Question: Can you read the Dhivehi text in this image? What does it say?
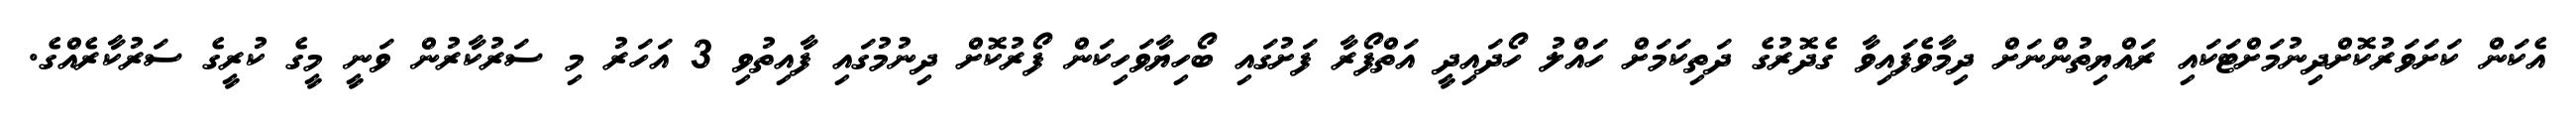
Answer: އެކަން ކަށަވަރުކޮށްދިނުމަށްޓަކައި ރައްޔިތުންނަށް ދިމާވެފައިވާ ގެދޮރުގެ ދަތިކަމަށް ހައްލު ހޯދައިދީ އަތްފޯރާ ފަށުގައި ބޯހިޔާވަހިކަން ފޯރުކޮށް ދިނުމުގައި ފާއިތުވި 3 އަހަރު މި ސަރުކާރުން ވަނީ މީގެ ކުރީގެ ސަރުކާރެއްގެ.